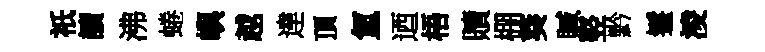
祇讀沸蜷嶼越達頂氳迺梧贖棚葵贓竪黔鬟淩